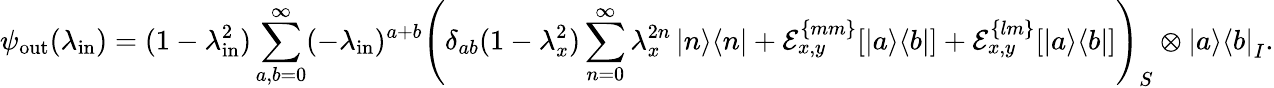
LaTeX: \psi_{\mathrm{out}}(\lambda_{\mathrm{in}})=(1-\lambda_{\mathrm{in}}^{2})\sum_{a,b=0}^{\infty}(-\lambda_{\mathrm{in}})^{a+b}\left(\delta_{ab}(1-\lambda_{x}^{2})\sum_{n=0}^{\infty}\lambda_{x}^{2n}\left|n\middle>\middle<n\right|+\mathcal{E}_{x,y}^{\{ mm\} }[\left|a\middle>\middle<b\right|]+\mathcal{E}_{x,y}^{\{ lm\} }[\left|a\middle>\middle<b\right|]\right)_{S}\otimes\left|a\middle>\middle<b\right|_{I}.